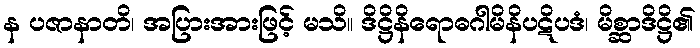
န ပဇာနာတိ၊ အပြားအားဖြင့် မသိ။ ဒိဋ္ဌိနိရောဓဂါမိနိပဋိပဒံ၊ မိစ္ဆာဒိဋ္ဌိ၏